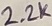
Text: 2.2K